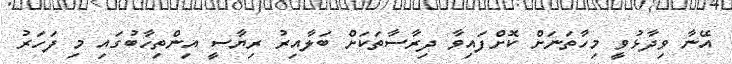
އޭނާ ވިދާޅުވީ މިހާތަނަށް ކޮށްފައިވާ ދިރާސާތަކަށް ބަލާއިރު ރިޔާސީ އިންތިހާބުގައި މި ފަހަރު